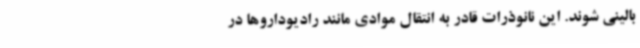
بالینی شوند. این نانوذرات قادر به انتقال موادی مانند رادیوداروها در